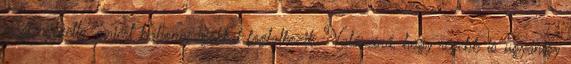
megfenyegette, amiért babonaságokkal foglalkozik. Valószínű, hogy régebb is ugyanígy